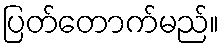
ပြတ်တောက်မည်။